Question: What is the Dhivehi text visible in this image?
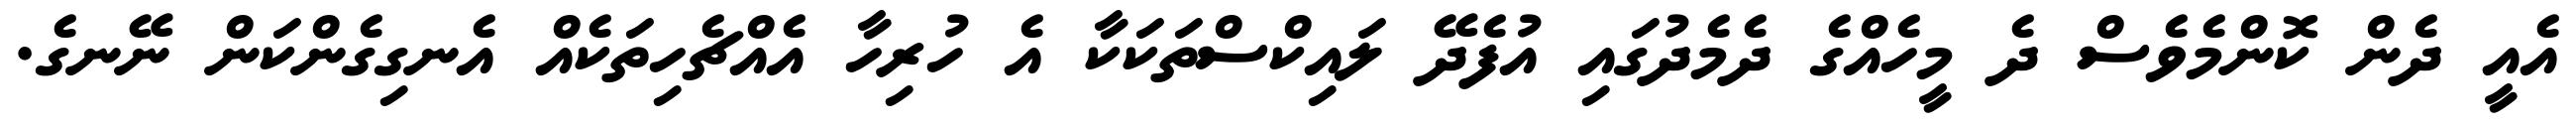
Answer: އެއީ ދެން ކޮންމެވެސް ދެ މީހެއްގެ ދެމެދުގައި އުފެދޭ ލައިކްސްތަކަކާ އެ ހުރިހާ އެއްޗެހިތަކެއް އެނގިގެންކަން ނޭނގެ.